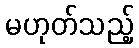
မဟုတ်သည့်